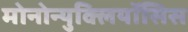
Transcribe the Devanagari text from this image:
मोनोन्युक्लियॉसिस